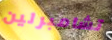
تشامبرلين